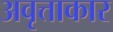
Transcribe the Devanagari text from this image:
अवृत्ताकार